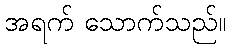
အရက် သောက်သည်။